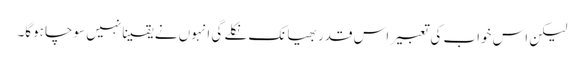
لیکن اس خواب کی تعبیر اس قدر بھیانک نکلے گی انہوں نے یقینا نہیں سوچا ہوگا۔